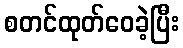
စတင်ထုတ်ဝေခဲ့ပြီး